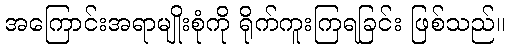
အကြောင်းအရာမျိုးစုံကို ရိုက်ကူးကြရခြင်း ဖြစ်သည်။